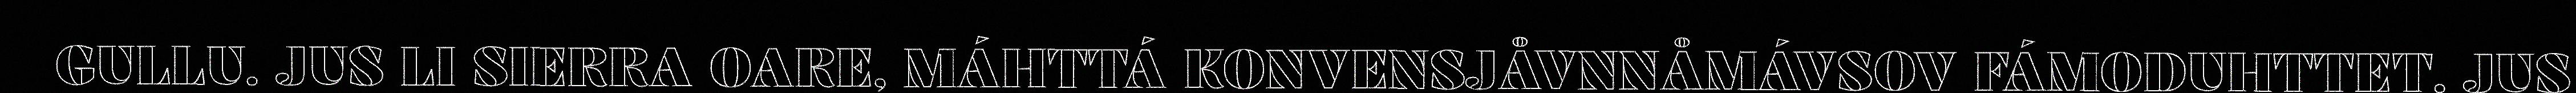
GULLU. JUS LI SIERRA OARE, MÁHTTÁ KONVENSJÅVNNÅMÁVSOV FÁMODUHTTET. JUS